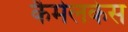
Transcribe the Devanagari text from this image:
कैमेलकेस